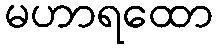
မဟာရထော